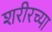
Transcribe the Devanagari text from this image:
शरीरच्या